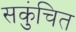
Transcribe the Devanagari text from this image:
सकुंचित